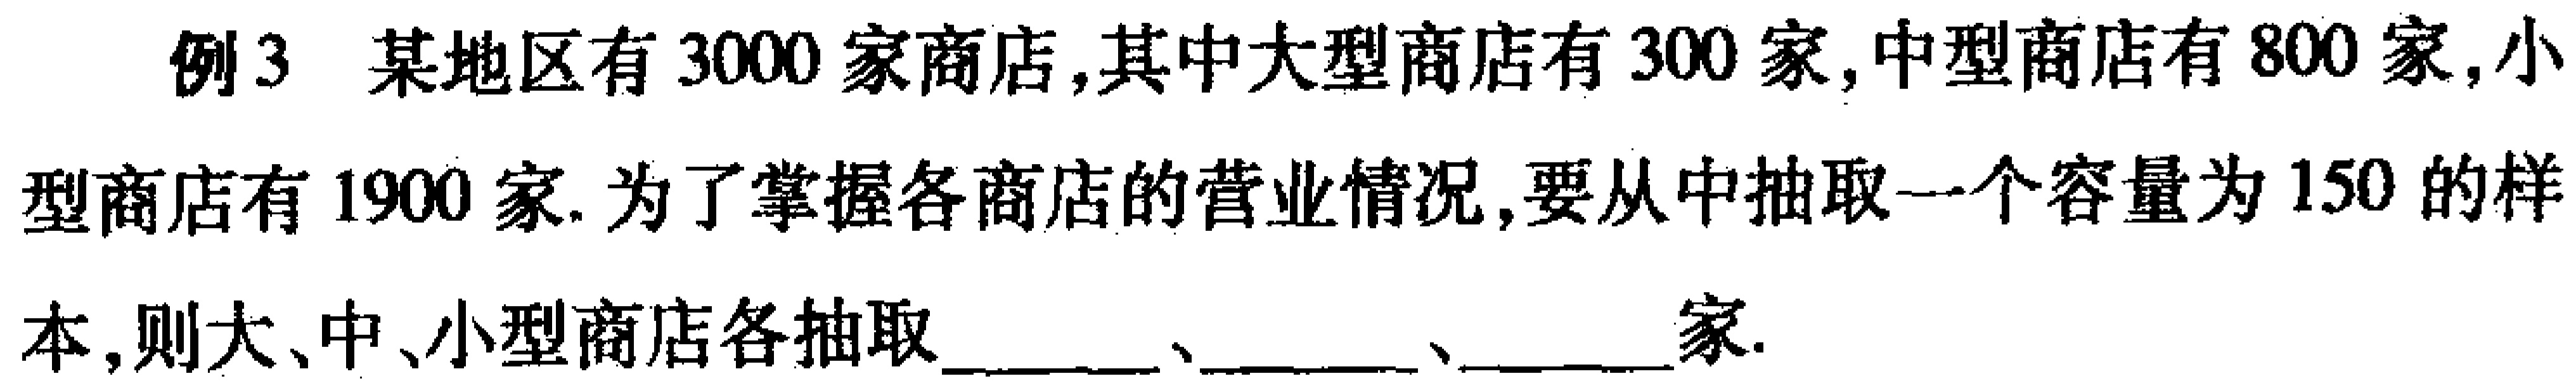
例3 某地区有$3000$家商店,其中大型商店有$300$家,中型商店有$800$家,小型商店有$1900$家.为了掌握各商店的营业情况,要从中抽取一个容量为$150$的样本,则大、中、小型商店各抽取______、______、______家.